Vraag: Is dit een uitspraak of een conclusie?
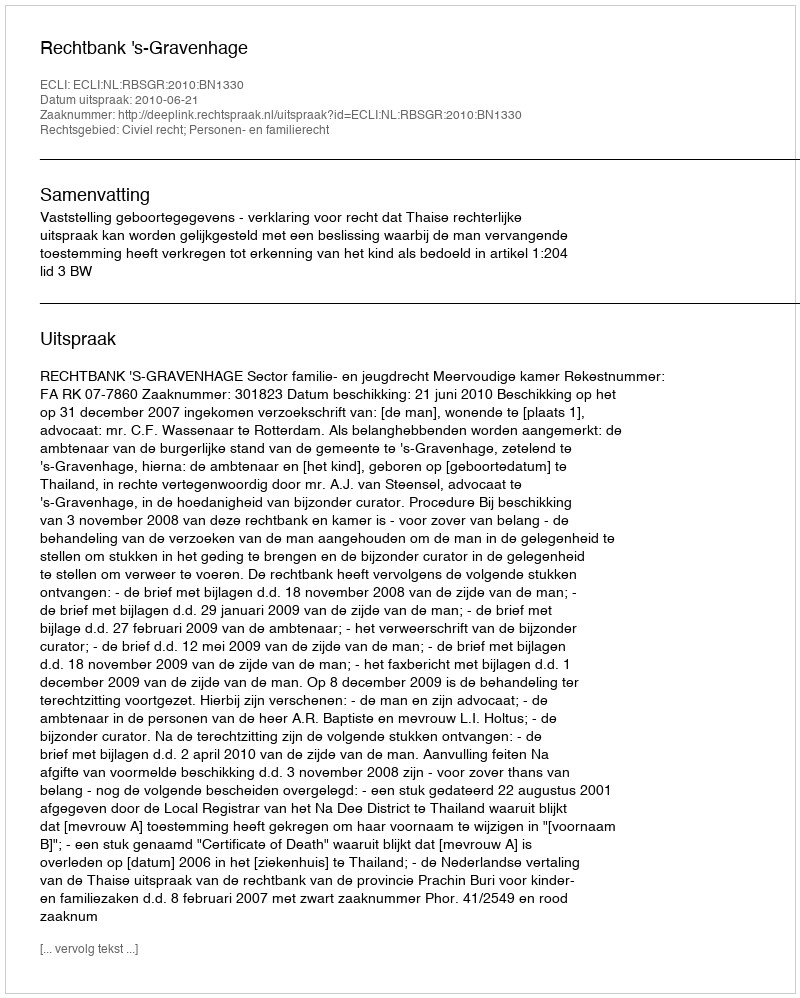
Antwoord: Uitspraak